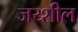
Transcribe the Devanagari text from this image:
जय्शील